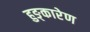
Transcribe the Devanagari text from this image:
हुङ्कारेण